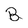
Character: B